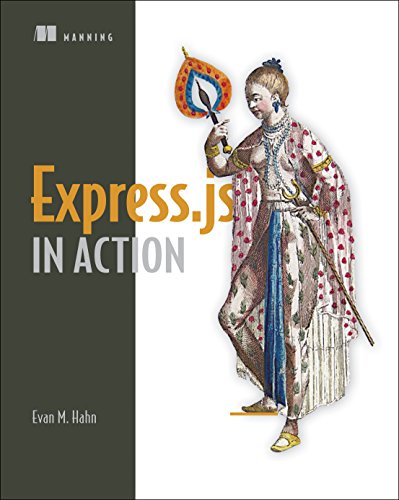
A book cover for Express in Action: Node applications with Express and its companion tools; Evan Hahn; Computers & Technology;